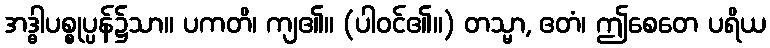
အဒ္ဓါပစ္စုပ္ပန်၌သာ။ ပကတိ၊ ကျ၏။ (ပါဝင်၏။) တသ္မာ, ဧတံ၊ ဤစေတေ ပရိယ